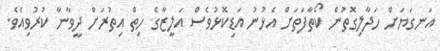
އަނގަޔަށް ހަދާލިގޮތުން ކޯތާފަތަށް އެޅުނު އަޑިކޮޅުވެސް އަލީޒާގެ ހިތް އިތުރަށް ދީވާނާ ކުރުވިއެވެ.